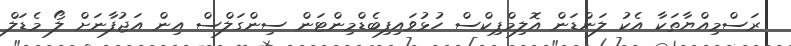
ރަސްމިއްޔާތަކާ އެކު ލަންޑަން އޮލިމްޕިކްސް ހުޅުވައިފިބެޑްމިންޓަން ސިންގަލްސް އިން އަޖުފާނަށް ލޯ މެޑަލް